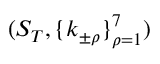
( S _ { T } , \{ k _ { \pm \rho } \} _ { \rho = 1 } ^ { 7 } )